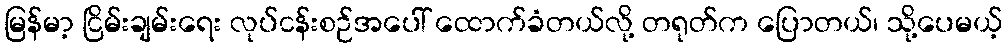
မြန်မာ့ ငြိမ်းချမ်းရေး လုပ်ငန်းစဉ်အပေါ် ထောက်ခံတယ်လို့ တရုတ်က ပြောတယ်၊ သို့ပေမယ့်